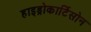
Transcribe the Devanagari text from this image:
हाइड्रोकार्टिसोन